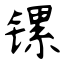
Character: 镙